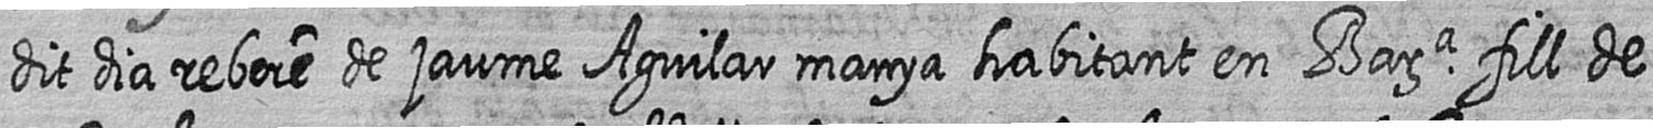
dit dia rebere de jaume Aguilar manya habitant en Bara fill de